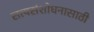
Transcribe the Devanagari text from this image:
सत्यसंशोधनासाठी